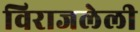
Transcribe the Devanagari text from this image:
विराजलेली